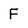
Character: F